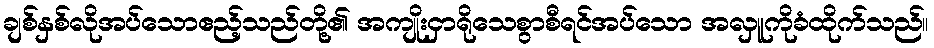
ချစ်နှစ်လိုအပ်သောဧည့်သည်တို့၏ အကျိုးငှာရိုသေစွာစီရင်အပ်သော အလှူကိုခံထိုက်သည်။